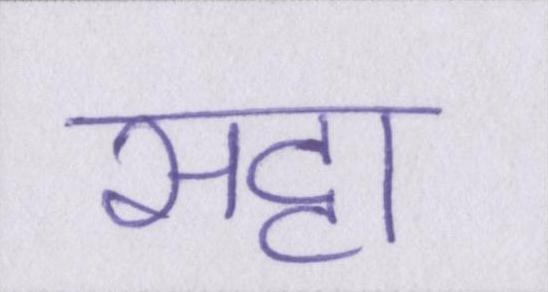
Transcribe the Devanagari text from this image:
सट्टा